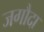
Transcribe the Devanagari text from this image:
जगौदा